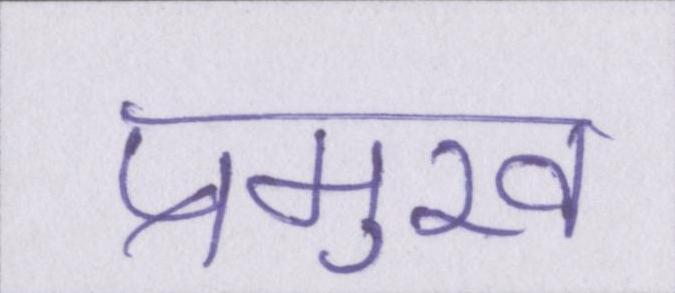
प्रमुख